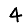
Digit: 4